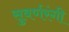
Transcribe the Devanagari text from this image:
सुवर्णरंगी